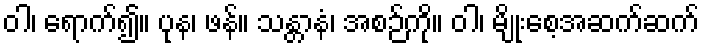
ဝါ၊ ရောက်၍။ ပုန၊ ဖန်။ သန္တာနံ၊ အစဉ်ကို။ ဝါ၊ မျိုးစေ့အဆက်ဆက်